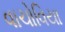
વાચોવિયા